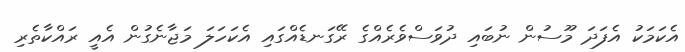
އެކަމަކު އެފަދަ މޫސުން ނުބައި ދުވަސްވެރެއްގެ ރޭގަނޑެއްގައި އެކަހަލަ މަޖާނެގުން އެއީ ރައްކާތެރި